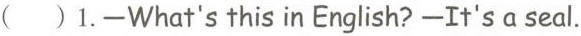
( )1.-What's this in English? -It's a seal.